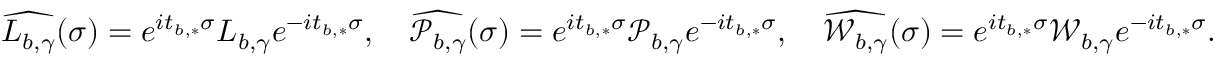
\widehat { L _ { b , \gamma } } ( \sigma ) = e ^ { i t _ { b , * } \sigma } L _ { b , \gamma } e ^ { - i t _ { b , * } \sigma } , \quad \widehat { \mathcal { P } _ { b , \gamma } } ( \sigma ) = e ^ { i t _ { b , * } \sigma } \mathcal { P } _ { b , \gamma } e ^ { - i t _ { b , * } \sigma } , \quad \widehat { \mathcal { W } _ { b , \gamma } } ( \sigma ) = e ^ { i t _ { b , * } \sigma } \mathcal { W } _ { b , \gamma } e ^ { - i t _ { b , * } \sigma } .